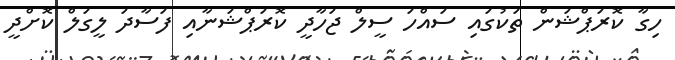
ހިގާ ކޮރަޕްޝަން ތަކުގައި ސައްހަ ސީލް ޖަހާދީ ކޮރަޕްޝަނާއި ފަސާދަ ލީގަލް ކޮށްދީ